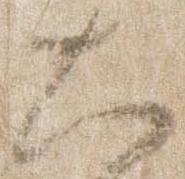
大